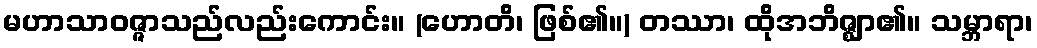
မဟာသာဝဇ္ဇာသည်လည်းကောင်း။ (ဟောတိ၊ ဖြစ်၏။) တဿာ၊ ထိုအဘိဇ္ဈာ၏။ သမ္ဘာရာ၊